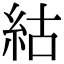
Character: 𥿍